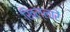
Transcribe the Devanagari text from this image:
खिल्लारें